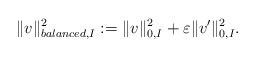
LaTeX: \begin{align*} \|v\|^2_{balanced,I}:= \|v\|^2_{0,I} + \varepsilon \|v^\prime\|^2_{0,I}. \end{align*}